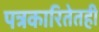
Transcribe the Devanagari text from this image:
पत्रकारितेतही